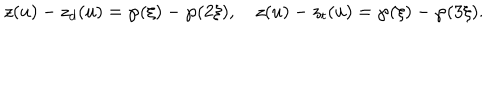
z ( u ) - z _ { d } ( u ) = \wp ( \xi ) - \wp ( 2 \xi ) , \quad z ( u ) - z _ { t } ( u ) = \wp ( \xi ) - \wp ( 3 \xi ) .